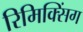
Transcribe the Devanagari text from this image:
रिमिक्सिंग